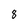
Character: 8